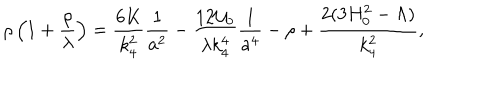
\rho \left( 1 + \frac { \rho } { \lambda } \right) = \frac { 6 K } { k _ { 4 } ^ { 2 } } \frac 1 { a ^ { 2 } } - \frac { 1 2 { \cal U } _ { 0 } } { \lambda k _ { 4 } ^ { 4 } } \frac 1 { a ^ { 4 } } - \rho + \frac { 2 ( 3 H _ { 0 } ^ { 2 } - \Lambda ) } { k _ { 4 } ^ { 2 } } ,